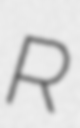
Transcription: R